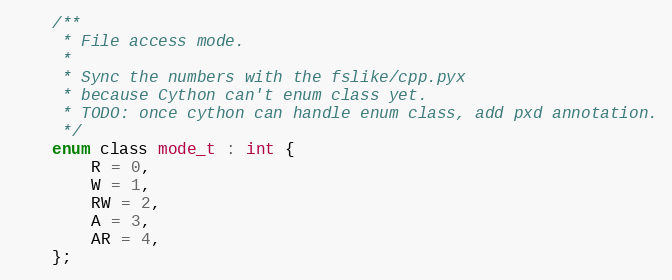
Language: C
	/**
	 * File access mode.
	 *
	 * Sync the numbers with the fslike/cpp.pyx
	 * because Cython can't enum class yet.
	 * TODO: once cython can handle enum class, add pxd annotation.
	 */
	enum class mode_t : int {
		R = 0,
		W = 1,
		RW = 2,
		A = 3,
		AR = 4,
	};